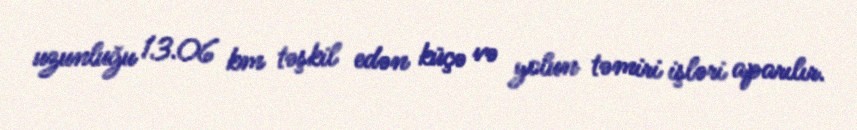
uzunluğu 13.06 km təşkil edən küçə və yolun təmiri işləri aparılır.